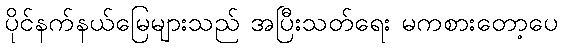
ပိုင်နက်နယ်မြေများသည် အပြီးသတ်ရေး မကစားတော့ပေ